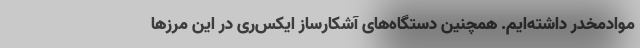
موادمخدر داشته‌ایم. همچنین دستگاه‌های آشکارساز ایکس‌ری در این مرزها